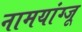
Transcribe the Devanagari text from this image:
नामयांग्जू